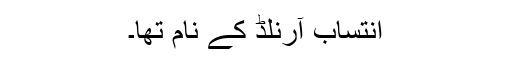
انتساب آرنلڈ کے نام تھا۔